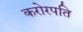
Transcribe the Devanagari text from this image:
करोरपति